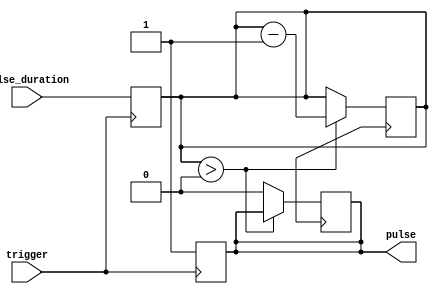
module one_shot_timer (
    input trigger,
    input [7:0] pulse_duration,
    output reg pulse
);

reg [7:0] count;

always @ (posedge trigger)
begin
    count <= pulse_duration;
    pulse <= 1'b1;
end

always @ (posedge clk)
begin
    if (count > 0)
        count <= count - 1;
    else
        pulse <= 1'b0;
end

endmodule